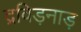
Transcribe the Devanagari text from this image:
द्रविड़नाड़